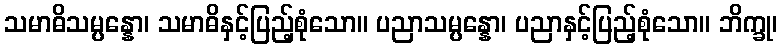
သမာဓိသမ္ပန္နော၊ သမာဓိနှင့်ပြည့်စုံသော။ ပညာသမ္ပန္နော၊ ပညာနှင့်ပြည့်စုံသော။ ဘိက္ခု၊